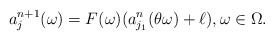
\begin{align*}a_j ^{n+1} (\omega)=F(\omega)(a^n _{j_1 } (\theta \omega) +\ell ),\omega \in \Omega.\end{align*}